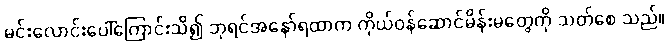
မင်းလောင်းပေါ်ကြောင်းသိ၍ ဘုရင်အနော်ရထာက ကိုယ်ဝန်ဆောင်မိန်းမတွေကို သတ်စေ သည်။